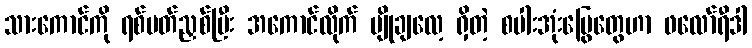
သားကောင်ကို ရစ်ပတ်ညှစ်ပြီး အကောင်လိုက် မျိုချလေ့ ရှိတဲ့ စပါးအုံးမြွေတွေဟာ ဖလော်ရီဒါ